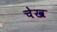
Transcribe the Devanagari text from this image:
चेख